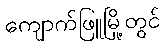
ကျောက်ဖြူမြို့တွင်